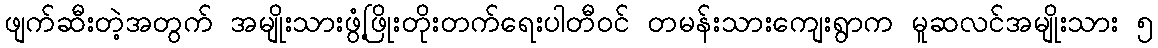
ဖျက်ဆီးတဲ့အတွက် အမျိုးသားဖွံ့ဖြိုးတိုးတက်ရေးပါတီဝင် တမန်းသားကျေးရွာက မူဆလင်အမျိုးသား ၅